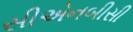
સીએનબીસી